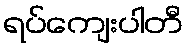
ရပ်ကျေးပါတီ